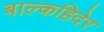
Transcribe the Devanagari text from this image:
बाल्कहिदेर